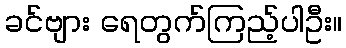
ခင်ဗျား ရေတွက်ကြည့်ပါဦး။